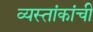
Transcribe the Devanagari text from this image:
व्यस्तांकांची